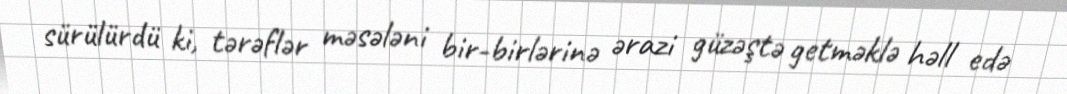
sürülürdü ki, tərəflər məsələni bir-birlərinə ərazi güzəştə getməklə həll edə